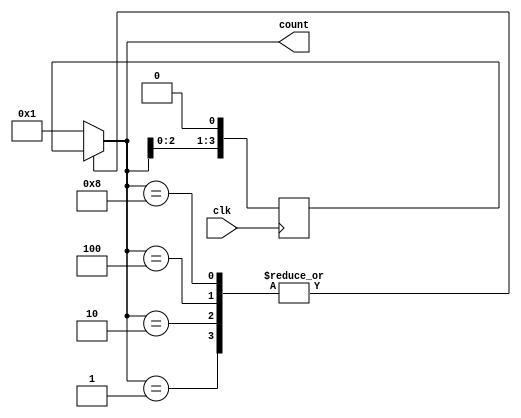
module RingCounter(
    input wire clk,
    output reg [3:0] count
);

reg [3:0] next_count;

always @ (posedge clk) begin
    next_count <= count << 1;
end

always @* begin
    case(count)
        4'b0001: count <= next_count;
        4'b0010: count <= next_count;
        4'b0100: count <= next_count;
        4'b1000: count <= next_count;
        default: count <= 4'b0001;
    endcase
end

endmodule